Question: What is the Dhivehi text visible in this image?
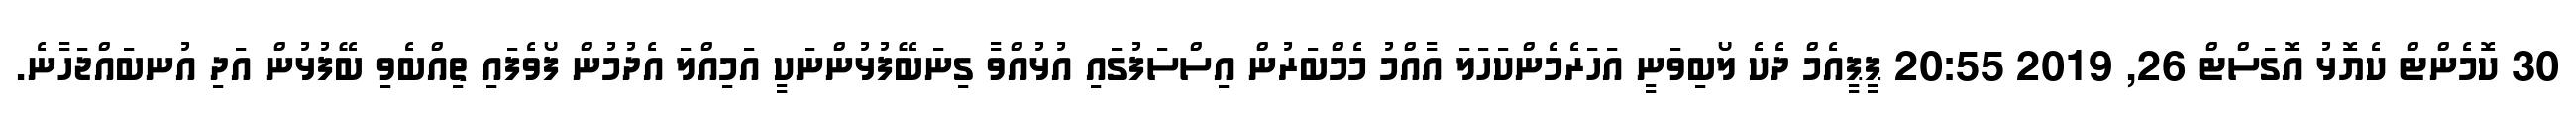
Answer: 30 ކޮމެންޓް ކެޔޮޅު އޮގަސްޓް 26, 2019 20:55 ޕީޕީއެމް ދެކެ ލޯބިވަނީ އަހަރެމެންކަހަލަ އާއްމު މެމްބަރުން އިސްސަފުގައި އުޅުއްވާ ގިނަބޭފުޅުންނަކީ އަމިއްލަ އެދުމުން ފޯވެފައި ތިއްބެވި ބޭފުޅުން އަދި އުނބައްޖަހާނެ.